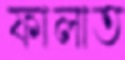
ফালাত